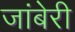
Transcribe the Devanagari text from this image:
जांबेरी